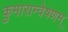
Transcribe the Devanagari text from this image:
कुमारान्वेषणम्